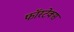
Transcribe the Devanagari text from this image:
फॉस्टेक्स